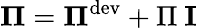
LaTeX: \boldsymbol\Pi=\boldsymbol\Pi^{\textrm{dev}}+\Pi\ \mathbf I